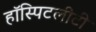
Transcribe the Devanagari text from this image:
हॉस्पिटलीटी